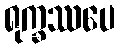
ရုက္ခဿပေ